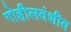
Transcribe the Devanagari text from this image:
गोहीलवंशीय